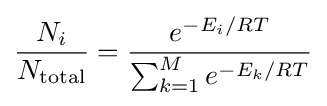
{\frac {N_{i}}{N_{\text{total}}}}={\frac {e^{-E_{i}/RT}}{\sum _{k=1}^{M}e^{-E_{k}/RT}}}